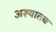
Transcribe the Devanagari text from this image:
अश्यातच